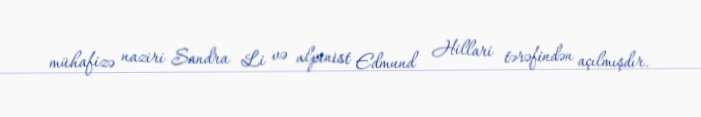
mühafizə naziri Sandra Li və alpinist Edmund Hillari tərəfindən açılmışdır.